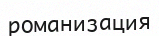
романизация